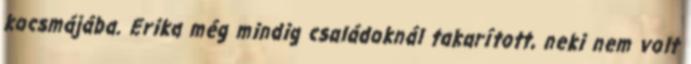
kocsmájába. Erika még mindig családoknál takarított, neki nem volt